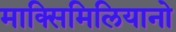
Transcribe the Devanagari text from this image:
माक्सिमिलियानो